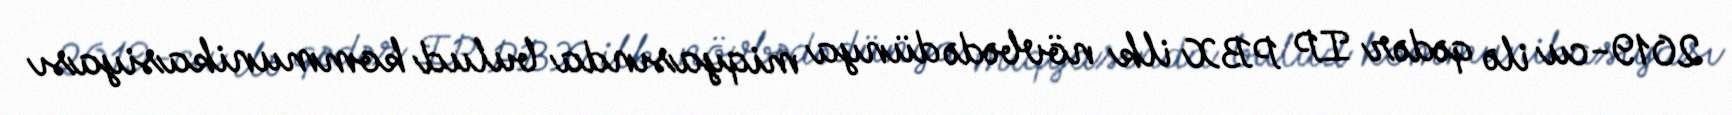
2019-cu ilə qədər IP PBX ilk növbədə dünya miqyasında bulud kommunikasiyası